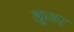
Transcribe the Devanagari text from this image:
ह्यू्अर